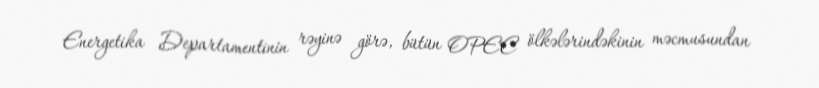
Energetika Departamentinin rəyinə görə, bütün OPEC ölkələrindəkinin məcmusundan